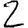
Digit: 2